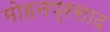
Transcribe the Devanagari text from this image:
मोहनप्रसाद